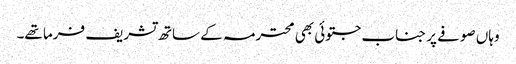
وہاں صوفے پر جناب جتوئی بھی محترمہ کے ساتھ تشریف فرما تھے۔